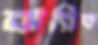
ঝরিব